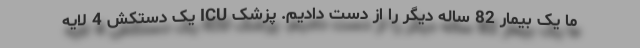
ما یک بیمار 82 ساله دیگر را از دست دادیم. پزشک ICU یک دستکش 4 لایه